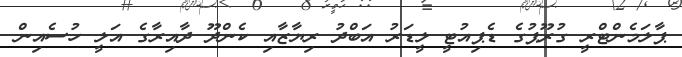
ޕާލަމެންޓްރީ ގުރޫޕުގެ ޑެޕިއުޓީ ލީޑަރު އަބްދު ރިޔާޒާއި ކެންދޫ ދާއިރާގެ އަލީ ހުސެއިން